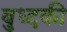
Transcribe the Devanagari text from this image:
बुध्दकी